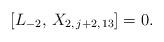
LaTeX: \begin{align*}[L_{-2}, \, X_{2, \, j+2, \, 13}] = 0.\end{align*}